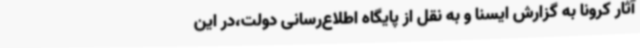
آثار کرونا به گزارش ایسنا و به نقل از پایگاه اطلاع‌رسانی دولت،در این